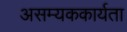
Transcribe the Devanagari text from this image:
असम्यककार्यता